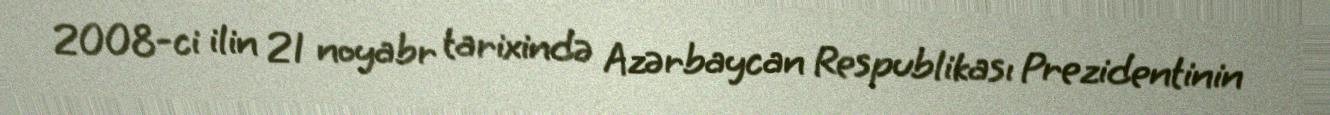
2008-ci ilin 21 noyabr tarixində Azərbaycan Respublikası Prezidentinin